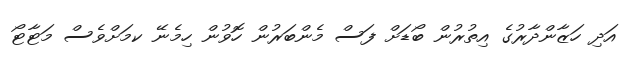
އަދި ހަޒާންދާރުގެ އިތުރުން ބޯޑަށް ފަސް މެންބަރުން ހޮވުން ހިމެނޭ ކމަށްވެސް މަޓާޓޯ